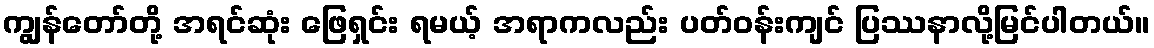
ကျွန်တော်တို့ အရင်ဆုံး ဖြေရှင်း ရမယ့် အရာကလည်း ပတ်ဝန်းကျင် ပြဿနာလို့မြင်ပါတယ်။